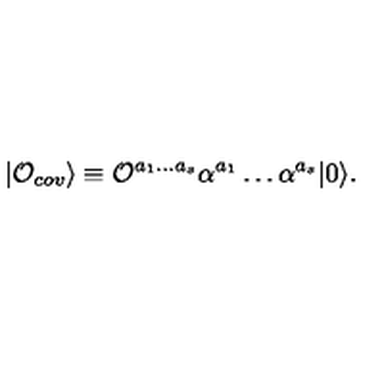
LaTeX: | { \cal O } _ { c o v } \rangle \equiv { \cal O } ^ { a _ { 1 } \ldots a _ { s } } \alpha ^ { a _ { 1 } } \ldots \alpha ^ { a _ { s } } | 0 \rangle .